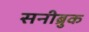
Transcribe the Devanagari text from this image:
सनीब्रुक